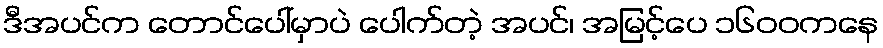
ဒီအပင်က တောင်ပေါ်မှာပဲ ပေါက်တဲ့ အပင်၊ အမြင့်ပေ ၁၆၀၀ကနေ